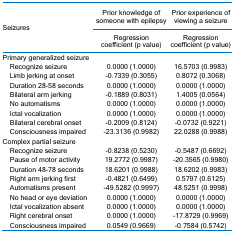
| <ROWSPAN=2-COLSPAN=2> Seizures | Prior knowledge of someone with epilepsy | Prior experience of viewing a seizure |
 | Regression coefficient (p value) | Regression coefficient (p value) |
 | --- | --- | --- | --- |
 | <COLSPAN=3> Primary generalized seizure |  |
 |  | Recognize seizure | 0.0000 (1.0000) | 16.5703 (0.9983) |
 |  | Limb jerking at onset | -0.7339 (0.3055) | 0.8072 (0.3068) |
 |  | Duration 28-58 seconds | 0.0000 (1.0000) | 0.0000 (1.0000) |
 |  | Bilateral arm jerking | -0.1889 (0.8031) | 1.4005 (0.0564) |
 |  | No automatisms | 0.0000 (1.0000) | 0.0000 (1.0000) |
 |  | Ictal vocalization | 0.0000 (1.0000) | 0.0000 (1.0000) |
 |  | Bilateral cerebral onset | -0.2009 (0.8124) | -0.0732 (0.9221) |
 |  | Consciousness impaired | -23.3136 (0.9982) | 22.0288 (0.9988) |
 | <COLSPAN=3> Complex partial seizure |  |
 |  | Recognize seizure | -0.8238 (0.5230) | -0.5487 (0.6692) |
 |  | Pause of motor activity | 19.2772 (0.9987) | -20.3565 (0.9980) |
 |  | Duration 48-78 seconds | 18.6201 (0.9988) | 18.6202 (0.9983) |
 |  | Right arm jerking first | -0.4821 (0.6499) | 0.5797 (0.6125) |
 |  | Automatisms present | -49.5282 (0.9997) | 48.5251 (0.9998) |
 |  | No head or eye deviation | 0.0000 (1.0000) | 0.0000 (1.0000) |
 |  | Ictal vocalization absent | 0.0000 (1.0000) | 0.0000 (1.0000) |
 |  | Right cerebral onset | 0.0000 (1.0000) | -17.8729 (0.9969) |
 |  | Consciousness impaired | 0.0549 (0.9669) | -0.7584 (0.5742) |